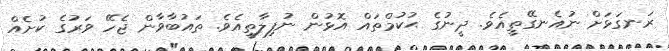
ރަނގަޅަށް ނުއެނގޭތީއެވެ. ދީނުގެ ޙުކުމްތައް އޮޅުން ނުފިލާތީއެވެ. ތައުބާވާން ޖެހޭ ވަރުގެ ކުށެއް